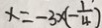
x = - 3 \times ( - \frac { 1 } { 4 } )